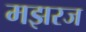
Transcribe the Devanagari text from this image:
मझरज